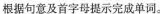
根据句意及首字母提示完成单词。